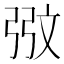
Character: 𮱸